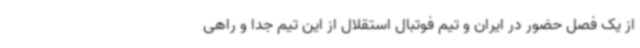
از یک فصل حضور در ایران و تیم فوتبال استقلال از این تیم جدا و راهی